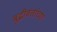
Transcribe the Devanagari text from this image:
बुद्धीवंतांच्या